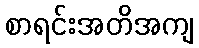
စာရင်းအတိအကျ